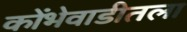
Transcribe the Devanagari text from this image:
कोंभेवाडीतला